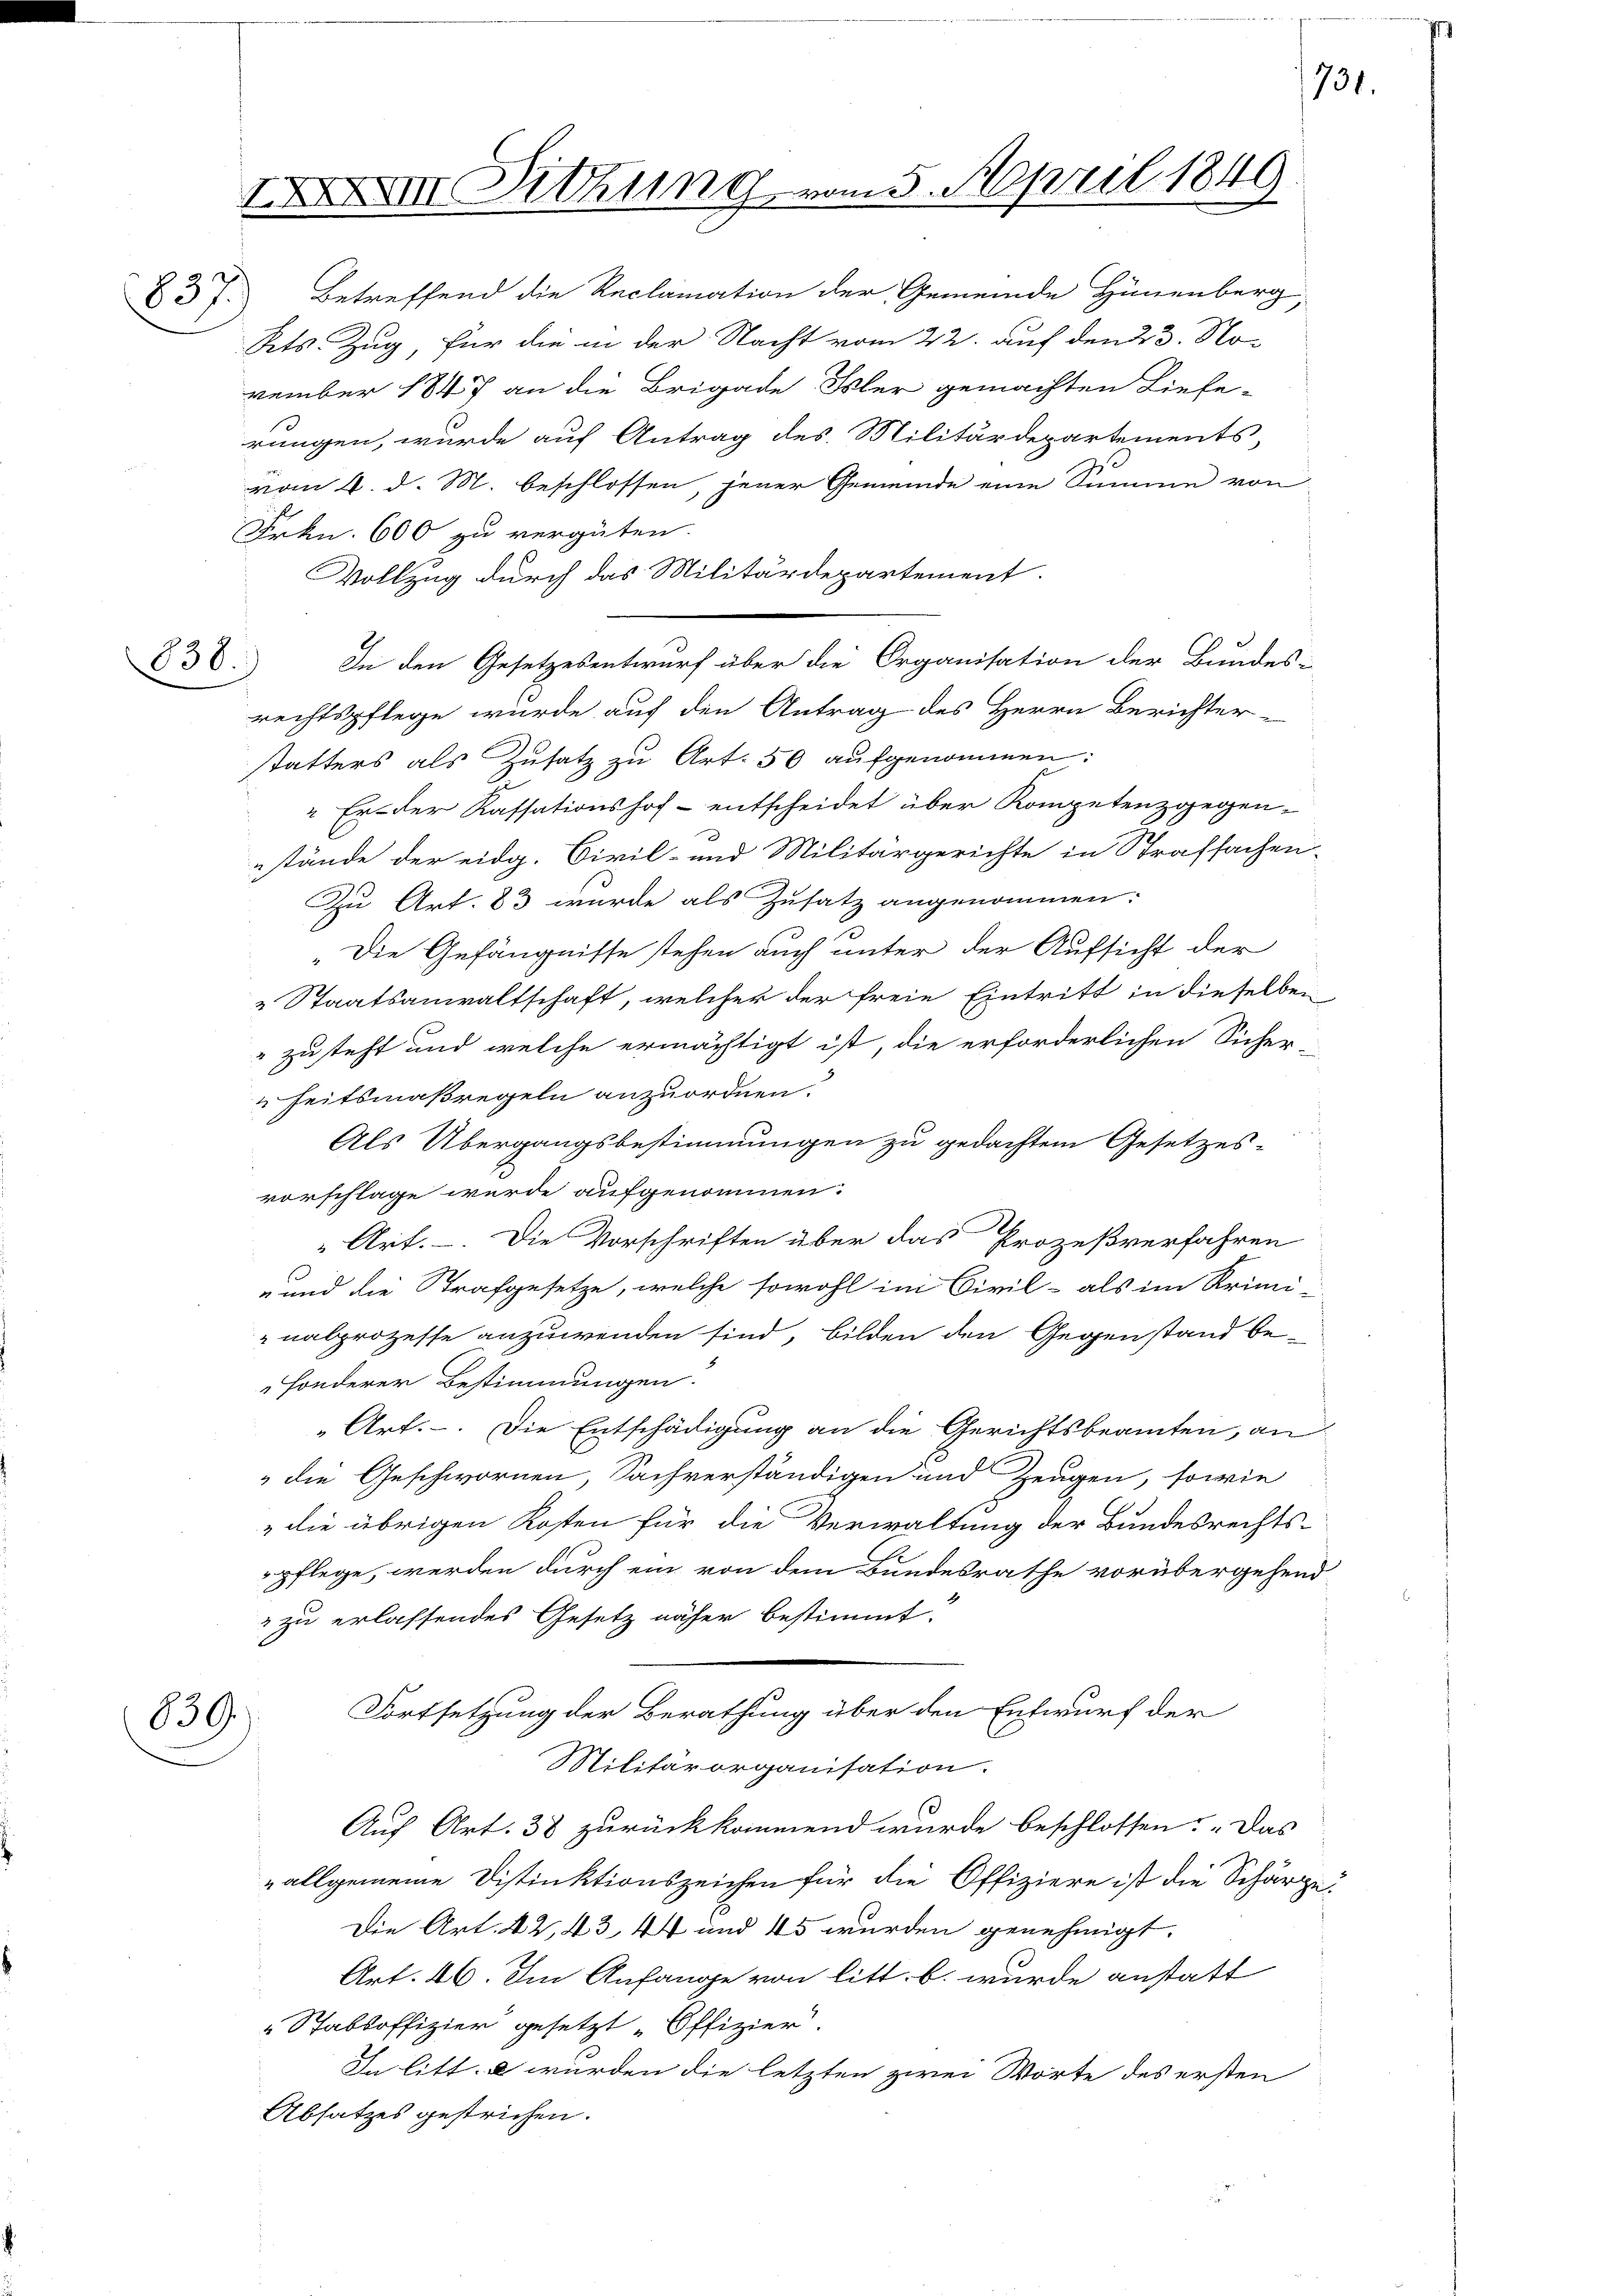
838.
.

83 f. Betreffend die Reclamation der Gemeinde Hünenberg,
Kts. Zug, für die in der Nacht vom 22. auf den 23. No-
vember 1847 an die Brigade Isler gemachten Liefe-
rungen, wurde auf Antrag des Militärdepartements,
vom 4. d. M. beschlossen, jener Gemeinde eine Summe von
Frkn. 600 zu vergüten.
Vollzug durch das Militärdepartement.
In den Gesetzesentwurf über die Organisation der Bundes-
rechtspflege wurde auf den Antrag des Herrn Berichter-
statters als Zusatz zu Art. 50 aufgenommen:
" Er der Kassationshof - entscheidet über Kompetenzgegen-
stände der eidg. Civil- und Militärgerichte in Strafsachen-
u Art. 83 wurde als Zusatz angenommen:
„Die Gefängnisse stehen auch unter der Aufsicht der
 Staatsanwaltschaft, welcher der freie Eintritt in dieselben
"zu steht und welche ermächtigt ist, die erforderlichen Sicher-
heitsmaßregeln anzuordnen.
Als Übergangsbestimmungen zu gedachtem Gesetzes-
vorschlage wurde aufgenommen.
" Art. Die Vorschriften über das Prozeßverfahren
- und die Strafgesetze, welche sowohl im Civil- als im Krimi-
nalprozesse anzuwenden sind, bilden den Gegenstand be-
sonderer Bestimmungen.
„Art. Die Entschädigung an die Gerichtsbeamten, an
" die Geschwornen, Sachverständigen und Zeugen, sowie
" die übrigen Kosten für die Verwaltung der Bundesrechts-
pflege, werden durch ein von dem Bundesrathe vorübergehend
" zu erlassendes Gesetz näher bestimmt.
Fortsetzung der Berathung über den Entwurf der
Militärorganisation.
Auf Art. 38 zurückkommend wurde beschlossen: „Das
„allgemeine Distinktionszeichen für die Offiziere ist die Schärze-
Die Art. 42, 43, 44 und 45 wurden genehmigt.
Art. 46. Im Anfange von litt. b. wurde anstatt
Stabsoffizier gesetzt Offizier.
In litt. e würden die letzten zwei Worte des ersten
Absatzes gestrichen.

839)

XXIII. Dittung vom 5. April 1849

1731.